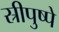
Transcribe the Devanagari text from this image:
स्रीपुष्पे